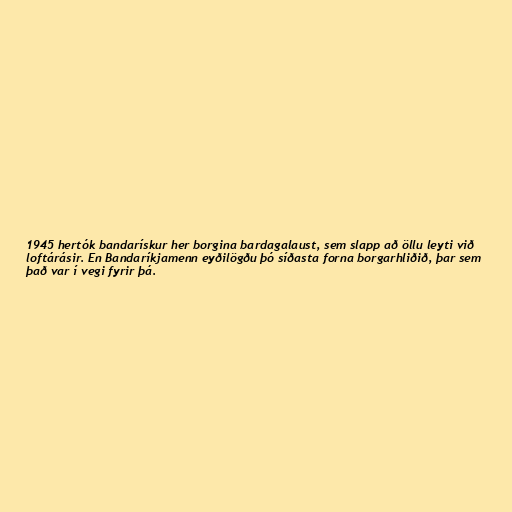
1945 hertók bandarískur her borgina bardagalaust, sem slapp að öllu leyti við
loftárásir. En Bandaríkjamenn eyðilögðu þó síðasta forna borgarhliðið, þar sem
það var í vegi fyrir þá.